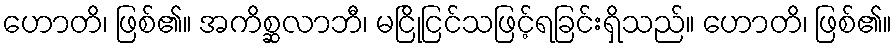
ဟောတိ၊ ဖြစ်၏။ အကိစ္ဆလာဘီ၊ မငြိုငြင်သဖြင့်ရခြင်းရှိသည်။ ဟောတိ၊ ဖြစ်၏။